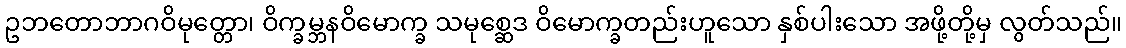
ဥဘတောဘာဂဝိမုတ္တော၊ ဝိက္ခမ္ဘနဝိမောက္ခ သမုစ္ဆေဒ ဝိမောက္ခတည်းဟူသော နှစ်ပါးသော အဖို့တို့မှ လွတ်သည်။